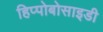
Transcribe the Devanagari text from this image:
हिप्पोबोसाइडी